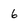
Character: 6